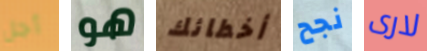
أجل هو أخطائك نجح لارى